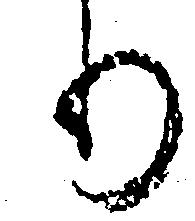
り